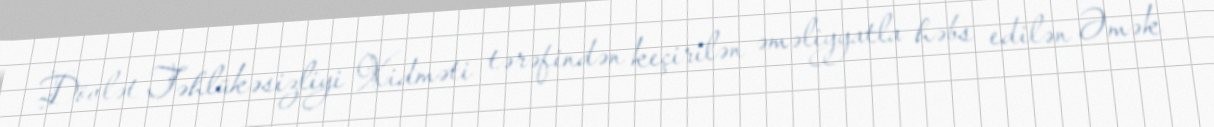
Dövlət Təhlükəsizliyi Xidməti tərəfindən keçirilən əməliyyatla həbs edilən Əmək